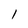
Character: l